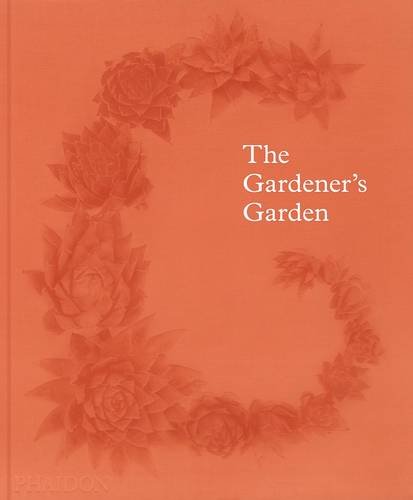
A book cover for The Gardener's Garden; Crafts, Hobbies & Home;